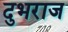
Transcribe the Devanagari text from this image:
दुभराज